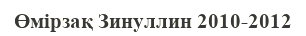
Өмірзақ Зинуллин 2010-2012